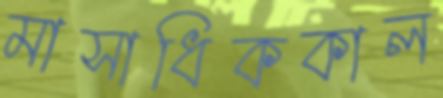
মাসাধিককাল